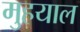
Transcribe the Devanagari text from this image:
मुहयाल